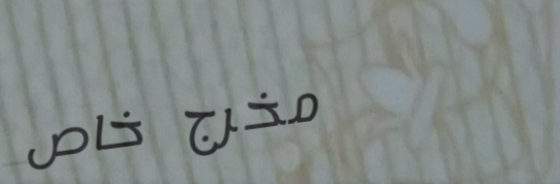
مخرج خاص